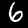
Digit: 6